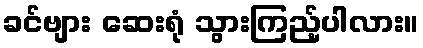
ခင်ဗျား ဆေးရုံ သွားကြည့်ပါလား။